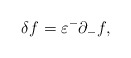
\begin{align*}\delta f=\varepsilon^-\partial_-f,\end{align*}